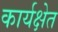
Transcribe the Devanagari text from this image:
कार्यक्षेत